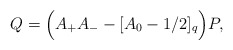
\begin{align*} Q=\Big(A_{+}A_{-}-[A_0-1/2]_{q}\Big)P,\end{align*}